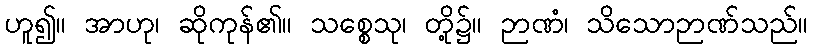
ဟူ၍။ အာဟု၊ ဆိုကုန်၏။ သစ္စေသု၊ တို့၌။ ဉာဏံ၊ သိသောဉာဏ်သည်။